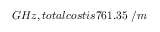
G H z , t o t a l c o s t i s 7 6 1 . 3 5 \ / m